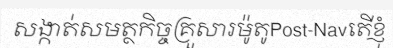
សង្កាត់សមត្ថកិច្ចគ្រួសារម៉ូតូPost-Navតើខ្ញុំ